65_HS1-834228961_62-HQ-83894_Section_6
Agency: FBI
Page 21
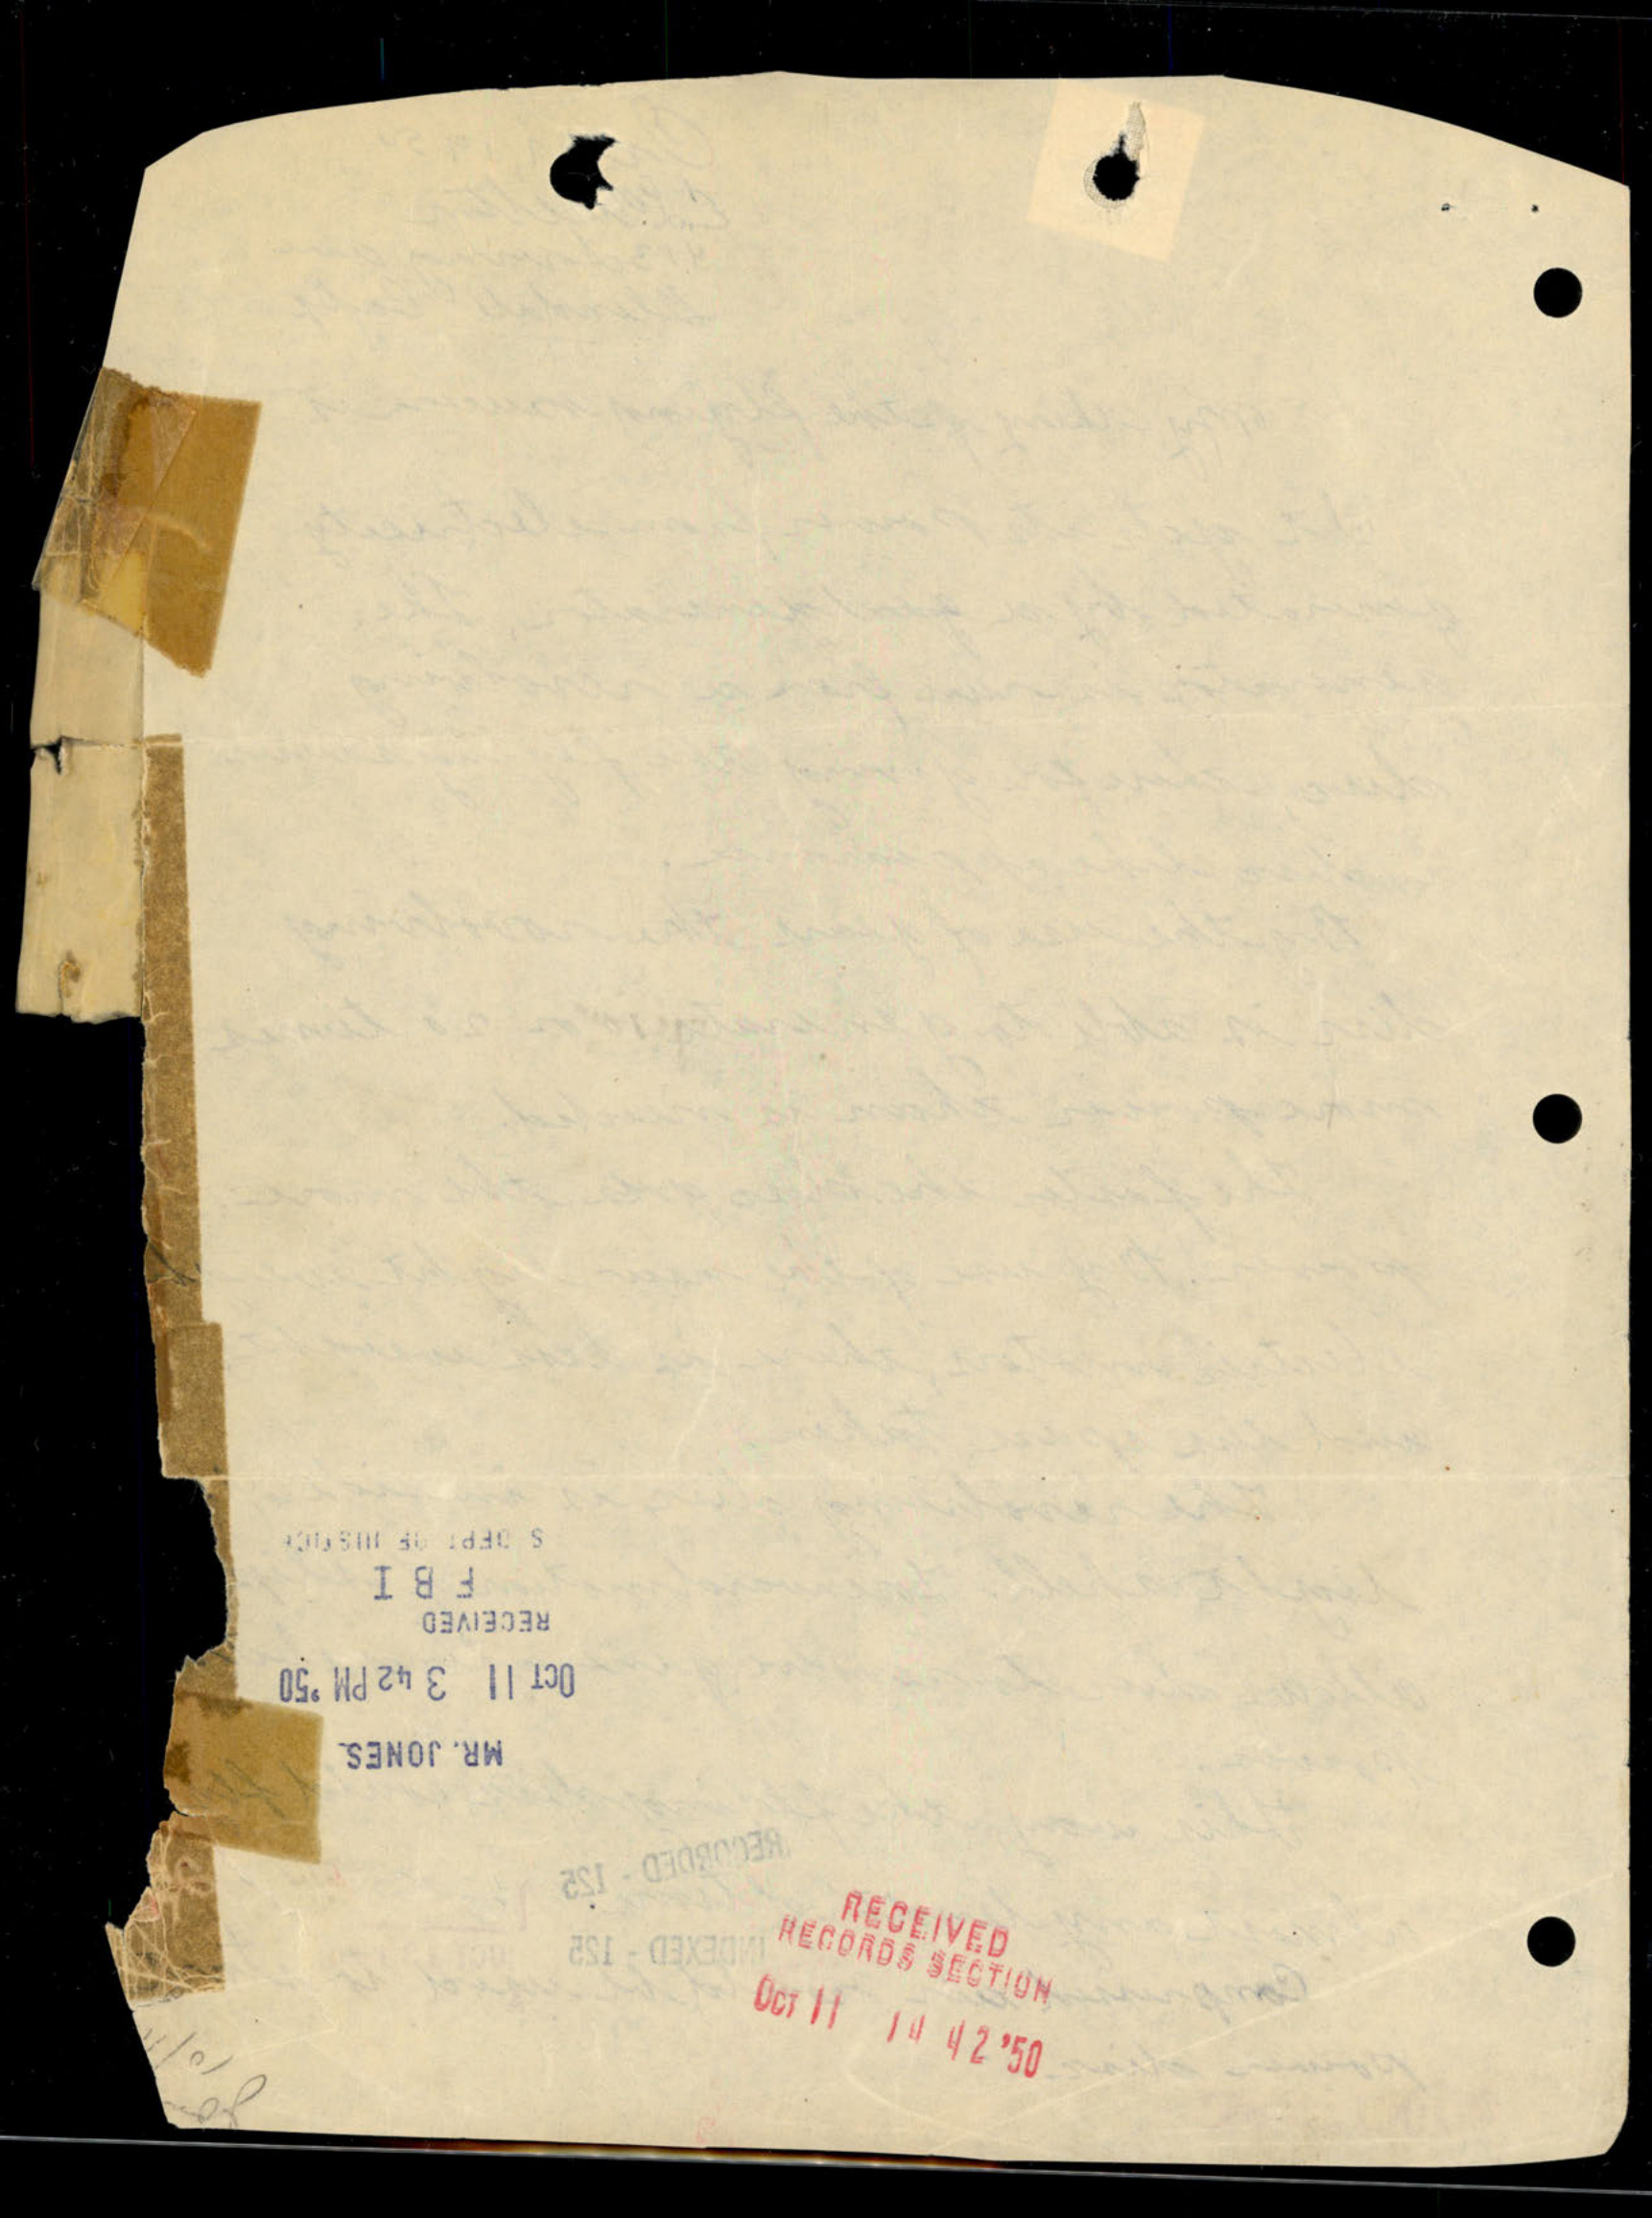